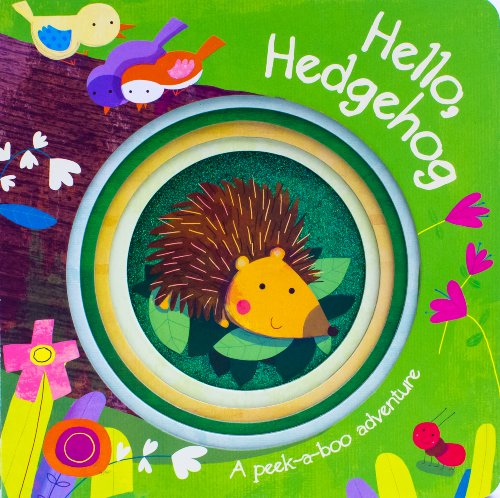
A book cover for Hello, Hedgehog (Die-Cut Animal Board); Parragon Books; Children's Books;